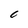
Character: 0